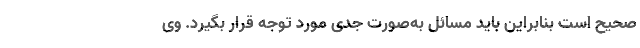
صحیح است بنابراین باید مسائل به‌صورت جدی مورد توجه قرار بگیرد. وی